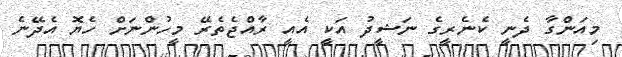
މިއަންގާ ދެނީ ކެނެރީގެ ނަޝީދު އަކީ އެއީ ރާއްޖެތެރޭ މީހުންނަށް ހެޔޮ އެދޭނެ